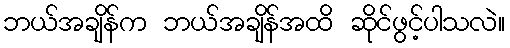
ဘယ်အချိန်က ဘယ်အချိန်အထိ ဆိုင်ဖွင့်ပါသလဲ။